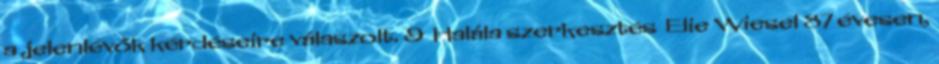
a jelenlévők kérdéseire válaszolt. 9 Halála szerkesztés Elie Wiesel 87 évesen,